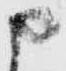
申